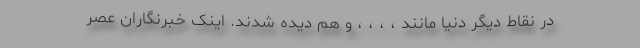
در نقاط دیگر دنیا مانند ، ، ، ، و هم دیده شدند. اینک خبرنگاران عصر